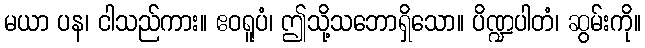
မယာ ပန၊ ငါသည်ကား။ ဧဝရူပံ၊ ဤသို့သဘောရှိသော။ ပိဏ္ဍပါတံ၊ ဆွမ်းကို။